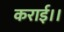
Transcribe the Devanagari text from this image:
कराई।।